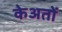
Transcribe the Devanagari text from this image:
केअतों